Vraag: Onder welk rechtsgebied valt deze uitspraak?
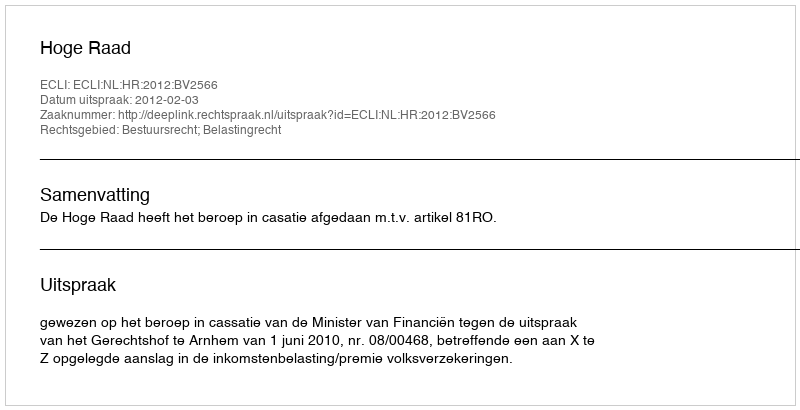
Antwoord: Bestuursrecht; Belastingrecht